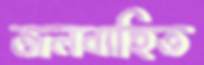
জলবাহিত